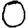
Digit: 0